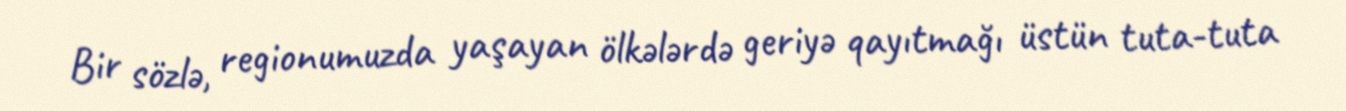
Bir sözlə, regionumuzda yaşayan ölkələrdə geriyə qayıtmağı üstün tuta-tuta